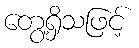
တွေ့ရှိသဖြင့်